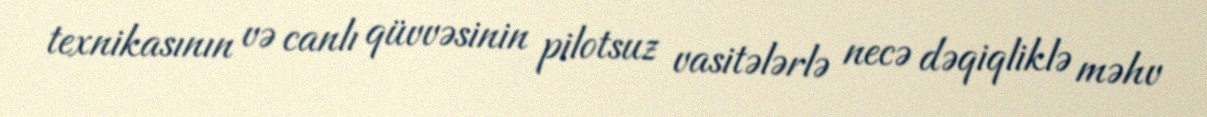
texnikasının və canlı qüvvəsinin pilotsuz vasitələrlə necə dəqiqliklə məhv